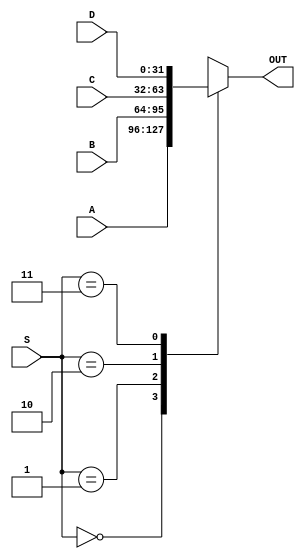
module Mux4(input wire [31:0] A, input wire [31:0] B, input wire [31:0] C, input wire [31:0] D, input wire [1:0] S, output reg [31:0] OUT);
	always@(*) begin
		case(S)
			2'b00: OUT = A;
			2'b01: OUT = B;
			2'b10: OUT = C;
			2'b11: OUT = D;
		endcase
	end
	
	initial OUT = 32'd0;
endmodule